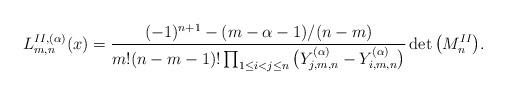
LaTeX: \begin{gather*}L_{m,n}^{II,(\alpha)}(x)=\frac{(-1)^{n+1}-(m-\alpha-1)/(n-m)}{m!(n-m-1)!\prod_{1\leq i<j\leq n}\big(Y^{(\alpha)}_{j,m,n}-Y^{(\alpha)}_{i,m,n}\big)}\det\big(M_n^{II}\big).\end{gather*}